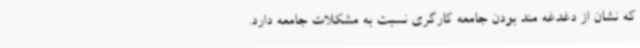
که نشان از دغدغه مند بودن جامعه کارگری نسبت به مشکلات جامعه دارد.